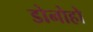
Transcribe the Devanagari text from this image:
डोनोहो